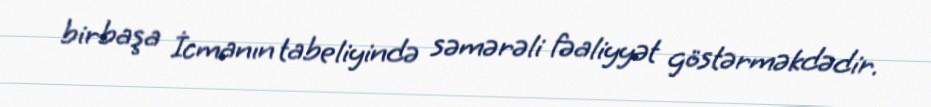
birbaşa İcmanın tabeliyində səmərəli fəaliyyət göstərməkdədir.